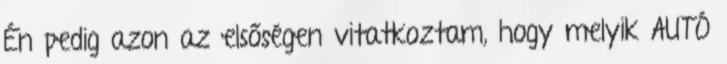
Én pedig azon az elsőségen vitatkoztam, hogy melyik AUTÓ